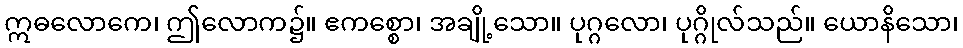
ဣဓလောကေ၊ ဤလောက၌။ ဧကစ္စော၊ အချို့သော။ ပုဂ္ဂလော၊ ပုဂ္ဂိုလ်သည်။ ယောနိသော၊